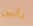
بالين